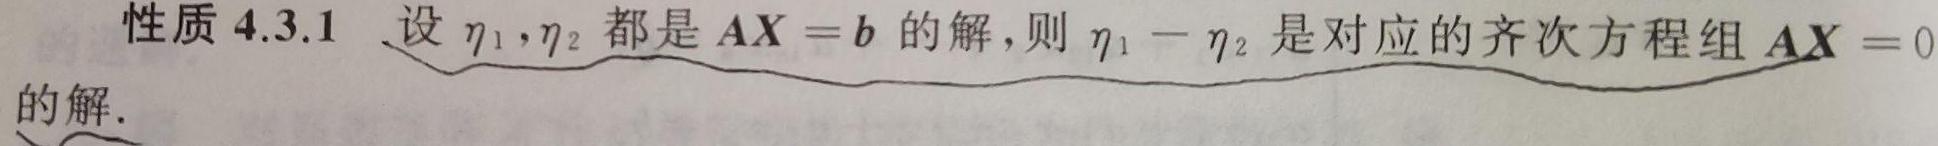
性质 4.3.1 设 $\eta_1,\eta_2$ 都是 $\boldsymbol{A}\boldsymbol{X}=\boldsymbol{b}$ 的解，则 $\eta_1 - \eta_2$ 是对应的齐次方程组 $\boldsymbol{A}\boldsymbol{X}=0$ 的解.